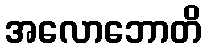
အလောဘောတိ